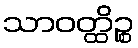
သာဝတ္ထိဉ္စ